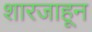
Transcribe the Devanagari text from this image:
शारजाहून